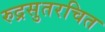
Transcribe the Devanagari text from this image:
रुद्रसुतरचित